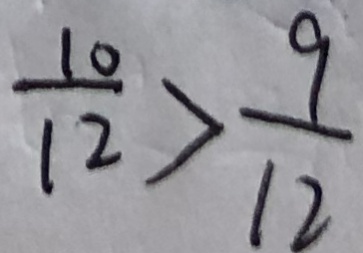
\frac { 1 0 } { 1 2 } > \frac { 9 } { 1 2 }